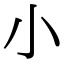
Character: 小